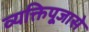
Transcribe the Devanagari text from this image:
व्यक्तिपूजासे